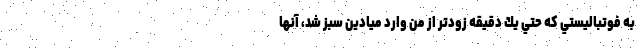
به‌ فوتباليستي كه حتي يك دقيقه زودتر از من وارد ميادين سبز شد، آنها